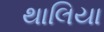
થાલિયા